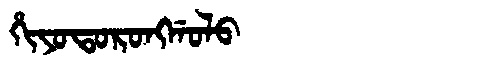
Manchu: ᡥᡳᠶᠣᡨᠣᡵᠣᠩᡤᠣᠯᠣ
Romanization: HIYOTORONGGOLO